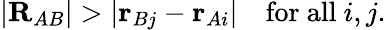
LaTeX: |\mathbf{R}_{AB}|>|\mathbf{r}_{Bj}-\mathbf{r}_{Ai}|\quad{\mathrm{for~all~}}i,j.